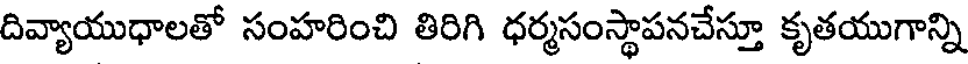
దివ్యాయుధాలతో సంహరించి తిరిగి ధర్మసంస్థాపనచేస్తూ కృతయుగాన్ని